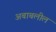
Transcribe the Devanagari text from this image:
अबाबलील